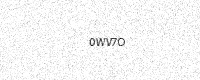
Text: 0WV7O